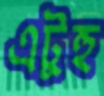
এটুহু